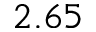
2 . 6 5